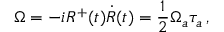
\Omega = - i R ^ { + } ( t ) \dot { R } ( t ) = \frac 1 2 \Omega _ { a } \tau _ { a } \, ,